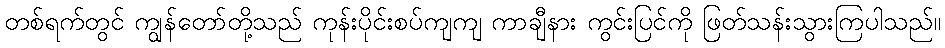
တစ်ရက်တွင် ကျွန်တော်တို့သည် ကုန်းပိုင်းစပ်ကျကျ ကာချီနား ကွင်းပြင်ကို ဖြတ်သန်းသွားကြပါသည်။